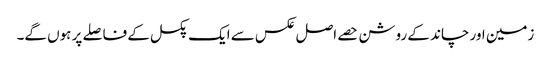
زمین اور چاند کے روشن حصے اصل عکس سے ایک پکسل کے فاصلے پر ہوں گے۔